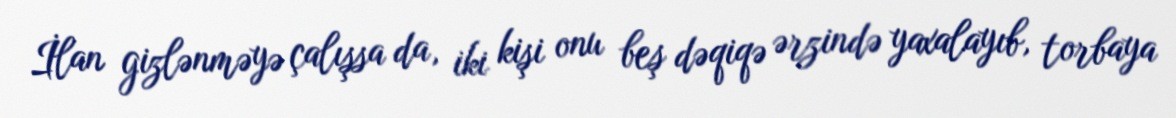
İlan gizlənməyə çalışsa da, iki kişi onu beş dəqiqə ərzində yaxalayıb, torbaya